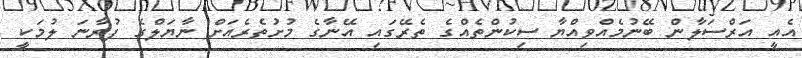
އެއީ އަރްސަލާން ބޭނުމެއްވިއްޔާ ސިކުންތެއްގެ ތެރޭގައި އޭނާގެ މުށުތެރެއަށް ނާޔަލްގެ ފުރާނަ ލުމަކީ